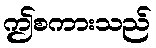
ဤစကားသည်